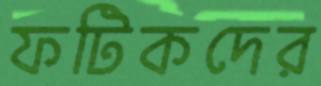
ফটিকদের